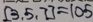
[ 3 . 5 . 7 ] = 1 0 5